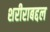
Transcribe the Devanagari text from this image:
शरीराबद्दल